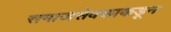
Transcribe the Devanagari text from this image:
समाजसेवकाकडून